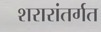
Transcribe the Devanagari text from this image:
शरारांतर्गत